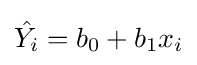
{\hat {Y_{i}}}=b_{0}+b_{1}x_{i}